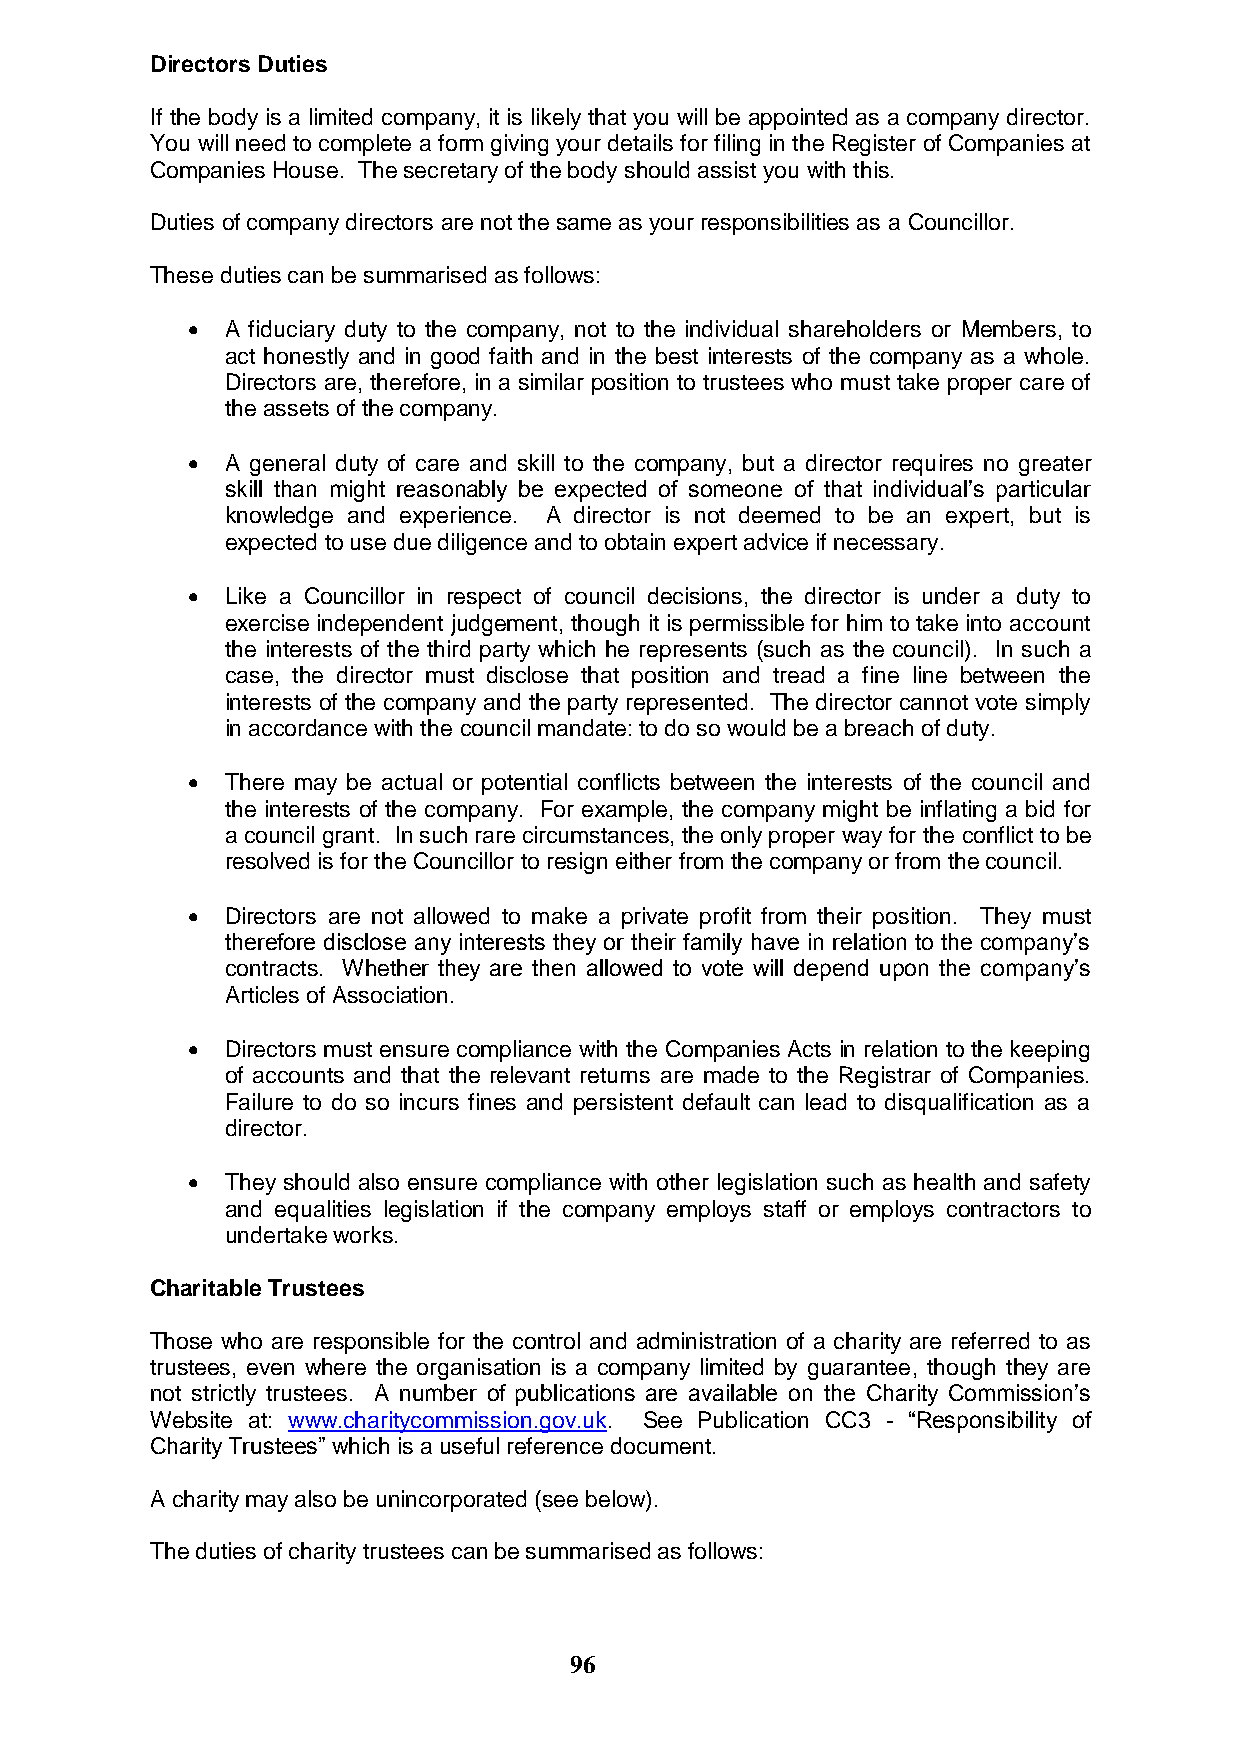
Directors Duties
 If the body is a limited company, it is likely that you will be appointed as a company director.
 You will need to complete a form giving your details for filing in the Register of Companies at
 Companies House. The secretary of the body should assist you with this.
 Duties of company directors are not the same as your responsibilities as a Councillor.
 These duties can be summarised as follows:
   A fiduciary duty to the company, not to the individual shareholders or Members, to
 act honestly and in good faith and in the best interests of the company as a whole.
 Directors are, therefore, in a similar position to trustees who must take proper care of
 the assets of the company.
   A general duty of care and skill to the company, but a director requires no greater
 skill than might reasonably be expected of someone of that individual‟s particular
 knowledge and experience. A director is not deemed to be an expert, but is
 expected to use due diligence and to obtain expert advice if necessary.
   Like a Councillor in respect of council decisions, the director is under a duty to
 exercise independent judgement, though it is permissible for him to take into account
 the interests of the third party which he represents (such as the council). In such a
 case, the director must disclose that position and tread a fine line between the
 interests of the company and the party represented. The director cannot vote simply
 in accordance with the council mandate: to do so would be a breach of duty.
   There may be actual or potential conflicts between the interests of the council and
 the interests of the company. For example, the company might be inflating a bid for
 a council grant. In such rare circumstances, the only proper way for the conflict to be
 resolved is for the Councillor to resign either from the company or from the council.
   Directors are not allowed to make a private profit from their position. They must
 therefore disclose any interests they or their family have in relation to the company‟s
 contracts. Whether they are then allowed to vote will depend upon the company‟s
 Articles of Association.
   Directors must ensure compliance with the Companies Acts in relation to the keeping
 of accounts and that the relevant returns are made to the Registrar of Companies.
 Failure to do so incurs fines and persistent default can lead to disqualification as a
 director.
   They should also ensure compliance with other legislation such as health and safety
 and equalities legislation if the company employs staff or employs contractors to
 undertake works.
 Charitable Trustees
 Those who are responsible for the control and administration of a charity are referred to as
 trustees, even where the organisation is a company limited by guarantee, though they are
 not strictly trustees. A number of publications are available on the Charity Commission‟s
 Website at: www.charitycommission.gov.uk. See Publication CC3 - “Responsibility of
 Charity Trustees” which is a useful reference document.
 A charity may also be unincorporated (see below).
 The duties of charity trustees can be summarised as follows:
 96